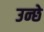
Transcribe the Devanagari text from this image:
उन्छे